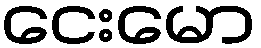
ငေးမော